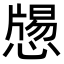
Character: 𢡕